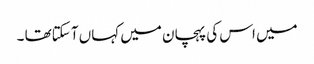
میں اس کی پہچان میں کہاں آ سکتاتھا ۔